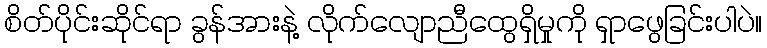
စိတ်ပိုင်းဆိုင်ရာ ခွန်အားနဲ့ လိုက်လျောညီထွေရှိမှုကို ရှာဖွေခြင်းပါပဲ။